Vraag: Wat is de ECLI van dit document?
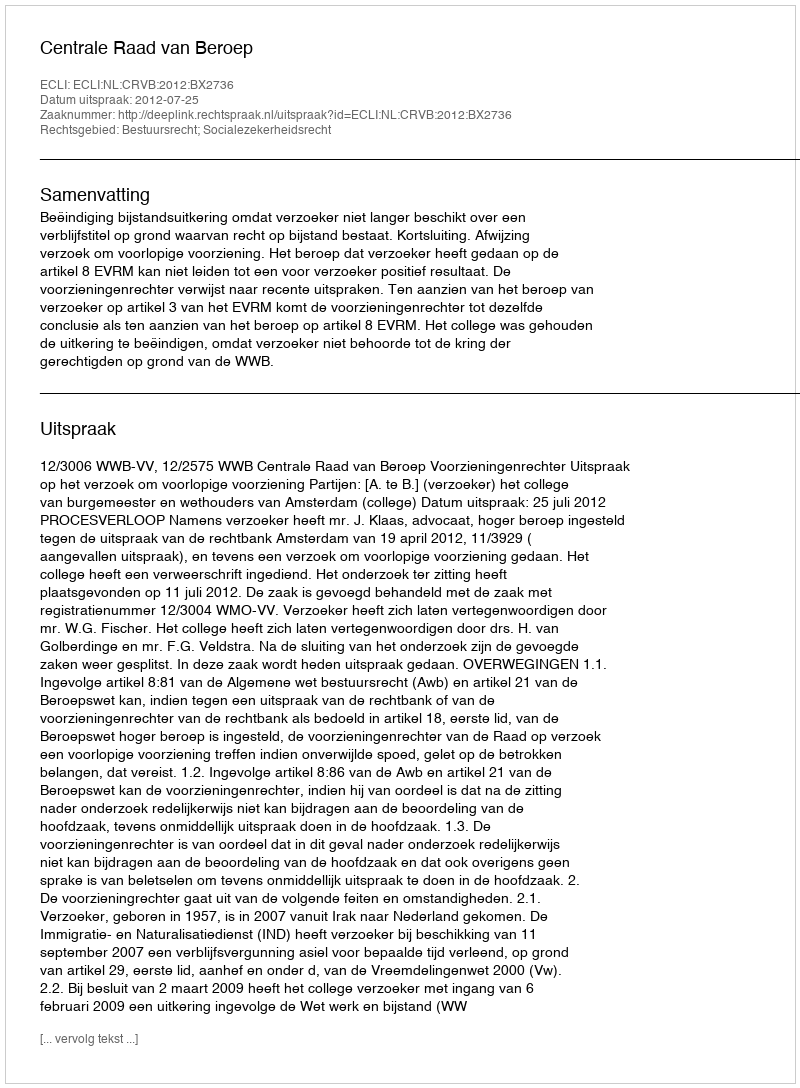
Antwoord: ECLI:NL:CRVB:2012:BX2736